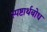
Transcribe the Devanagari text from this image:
स्पष्टार्थबोध